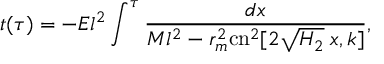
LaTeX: t ( \tau ) = - E l ^ { 2 } \int ^ { \tau } \frac { d x } { M l ^ { 2 } - r _ { m } ^ { 2 } \mathrm { c n } ^ { 2 } [ 2 \sqrt { H _ { 2 } } \; x , k ] } ,